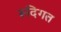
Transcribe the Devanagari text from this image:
रूदिगत